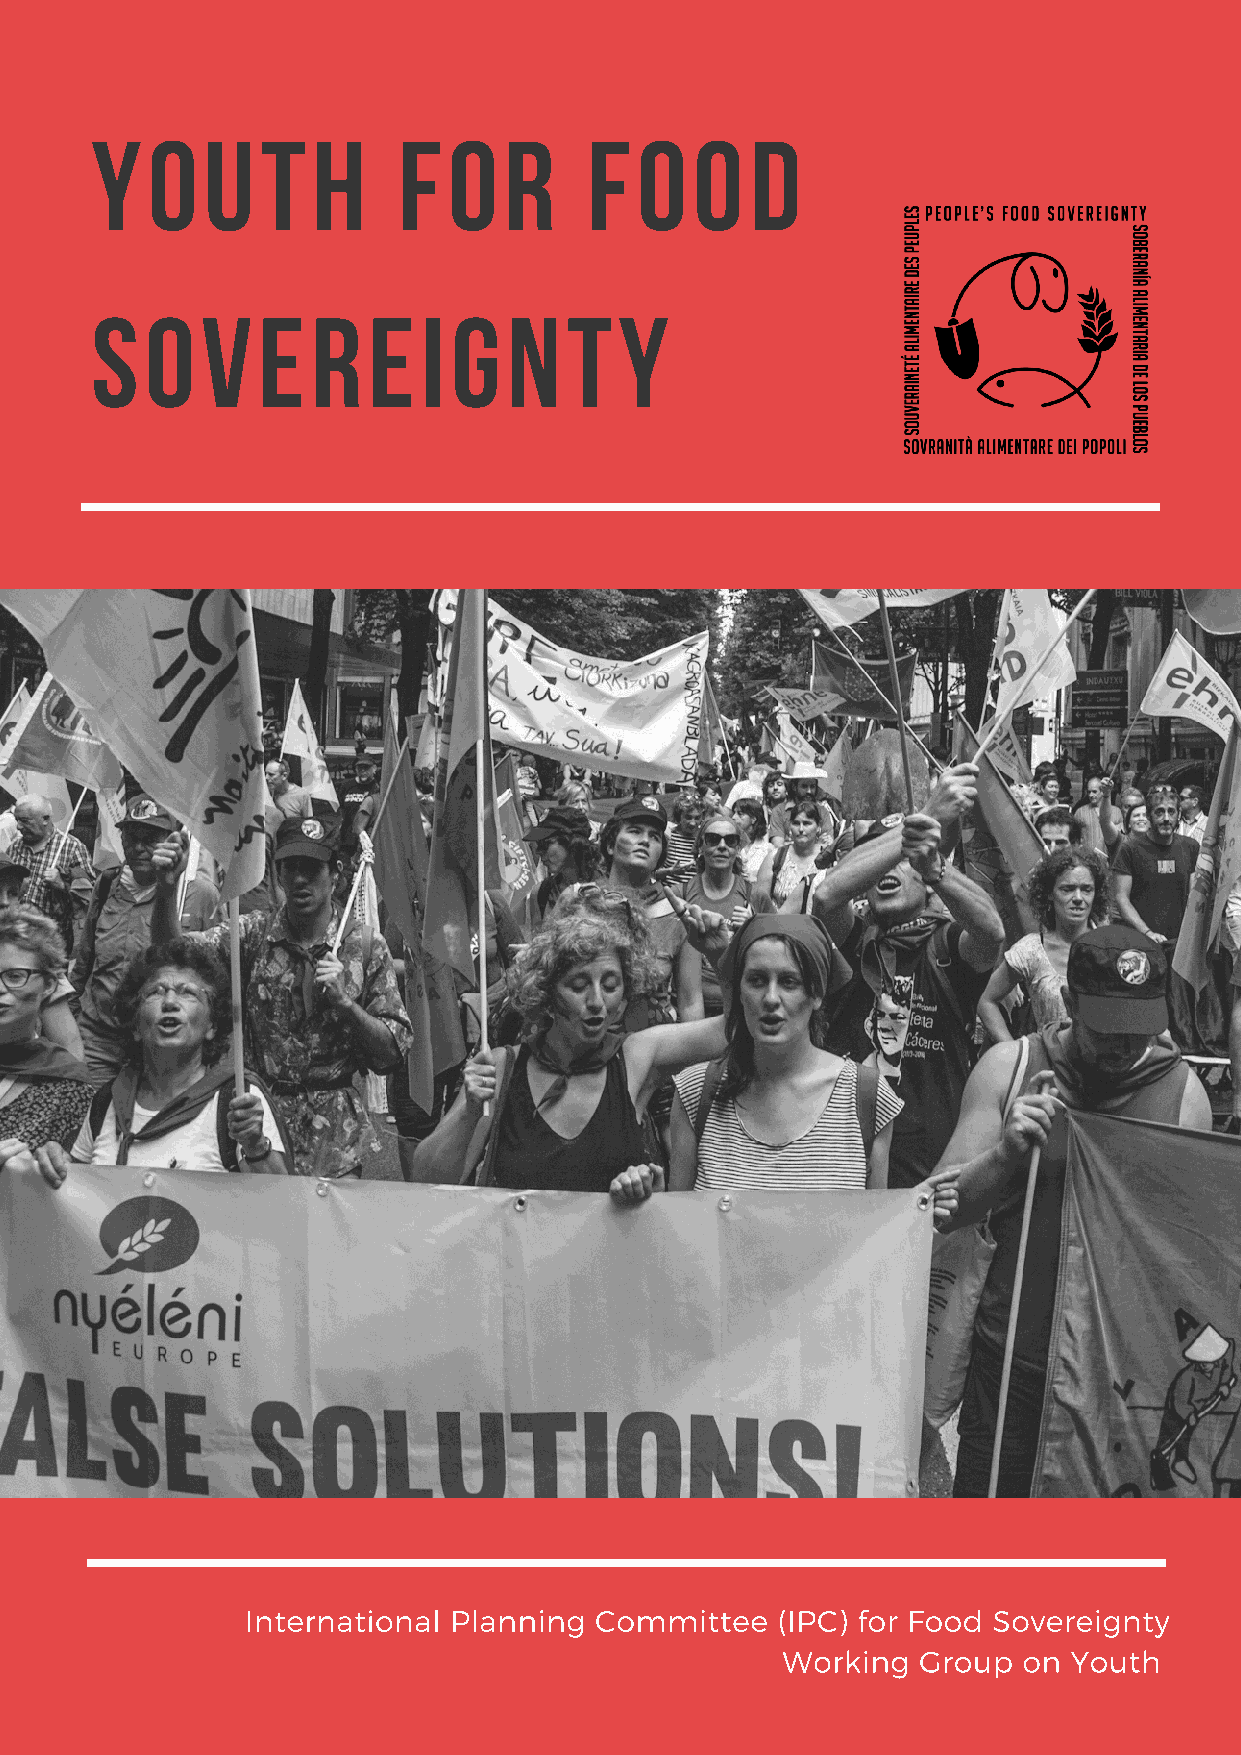
Y   O   U  T   H    F   O  R     F  O   O   D
 S   O  V   E   R  E   I G   N   T  Y
 International Planning Committee   (IPC) for Food Sovereignty
 Working  Group  on Youth